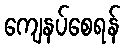
ကျေနပ်စေရန်